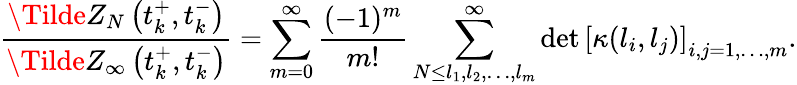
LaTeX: \frac{\Tilde{Z}_{N}\left(t_{k}^{+},t_{k}^{-}\right)}{\Tilde{Z}_{\infty}\left(t_{k}^{+},t_{k}^{-}\right)}=\sum_{m=0}^{\infty}\frac{(-1)^{m}}{m!}\sum_{N\leq l_{1},l_{2},\dots,l_{m}}^{\infty}\operatorname*{det}\left[\kappa(l_{i},l_{j})\right]_{i,j=1,\dots,m}.